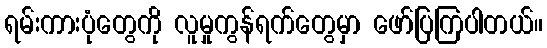
ရမ်းကားပုံတွေကို လူမှုကွန်ရက်တွေမှာ ဖော်ပြကြပါတယ်။